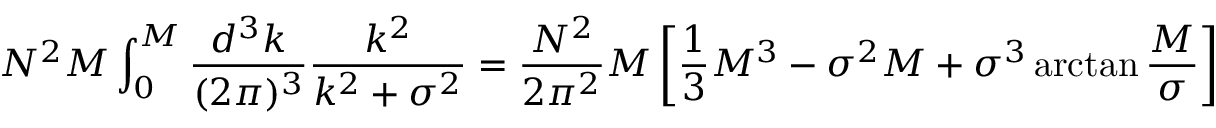
N ^ { 2 } M \int _ { 0 } ^ { M } { \frac { d ^ { 3 } k } { ( 2 \pi ) ^ { 3 } } } { \frac { k ^ { 2 } } { k ^ { 2 } + \sigma ^ { 2 } } } = { \frac { N ^ { 2 } } { 2 \pi ^ { 2 } } } M \left[ { \frac { 1 } { 3 } } M ^ { 3 } - \sigma ^ { 2 } M + \sigma ^ { 3 } \arctan { \frac { M } { \sigma } } \right]